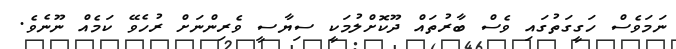
ނަމަވެސް ހަގީގަތުގައި ވެސް ބާރުތައް ދޫކޮށްލުމަކީ ސިޔާސީ ވެރިންނަށް ރުހެވޭ ކަމެއް ނޫނެވެ.